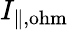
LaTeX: I_{\mathrm{\| ,ohm}}